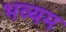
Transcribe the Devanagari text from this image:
भव्यम